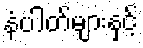
နံပါတ်များနှင့်